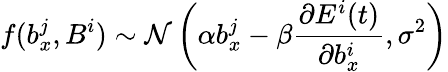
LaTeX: f(b_{x}^{j},B^{i})\sim\mathcal{N}\left(\alpha b_{x}^{j}-\beta\frac{\partial E^{i}(t)}{\partial b_{x}^{i}},\sigma^{2}\right)